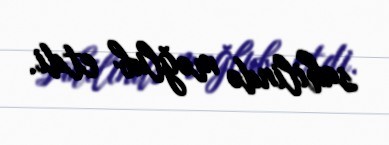
sahilində məğlub etdi.